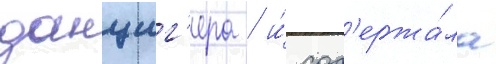
данциг'ера / и́ сод'ержа́ла